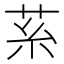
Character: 䒺